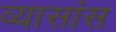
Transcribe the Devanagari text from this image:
व्यासांस